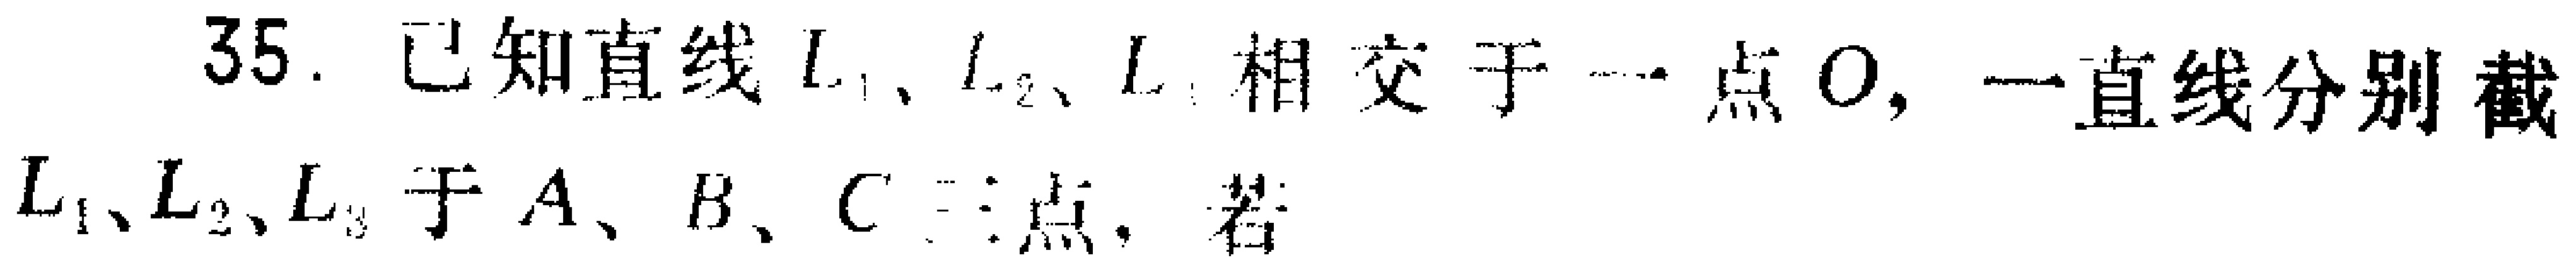
35. 已知直线\(l_1\)、\(l_2\)、\(l_3\)相交于一点\(O\)，一直线分别截\(l_1\)、\(l_2\)、\(l_3\)于\(A\)、\(B\)、\(C\)三点，若